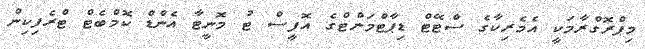
މިޕްރޮގްރާމަކީ އެމެރިކާގެ ސްޓޭޓް ޑިޕާޓްމަންޓްގެ އޮފީސް ޓު މޮނީޓާ އެންޑް ކޮމްބެޓް ޓްރެފިކިން